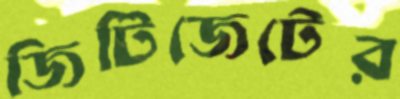
জিটিজেটের